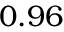
0 . 9 6